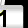
Digit: 1